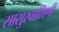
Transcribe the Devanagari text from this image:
सासुरवाशिणी